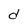
Character: d